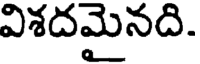
విశదమైనది.